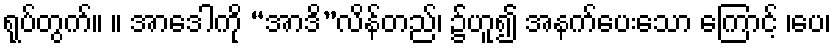
ရုပ်တွက်။ ။ အာဒေါကို “အာဒိ”လိန်တည်၊ ၌ဟူ၍ အနက်ပေးသော ကြောင့် ၊ပေ၊